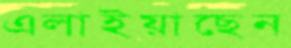
এলাইয়াছেন